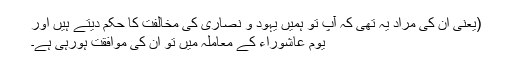
(یعنی ان کی مراد یہ تھی کہ آپ تو ہمیں یہود و نصاریٰ کی مخالفت کا حکم دیتے ہیں اور
یوم عاشوراء کے معاملہ میں تو ان کی موافقت ہورہی ہے۔